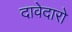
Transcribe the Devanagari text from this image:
दावेदारो